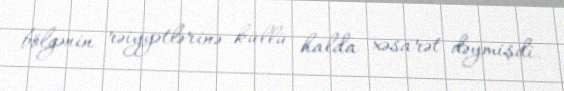
bölgənin rəiyyətlərinə küllü halda xəsarət dəymişdi.